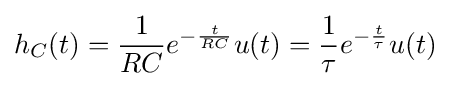
h_{C}(t)={\frac {1}{RC}}e^{-{\frac {t}{RC}}}u(t)={\frac {1}{\tau }}e^{-{\frac {t}{\tau }}}u(t)